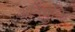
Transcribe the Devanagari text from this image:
अनियुक्ति